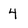
Character: 4